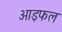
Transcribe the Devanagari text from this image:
आइफल